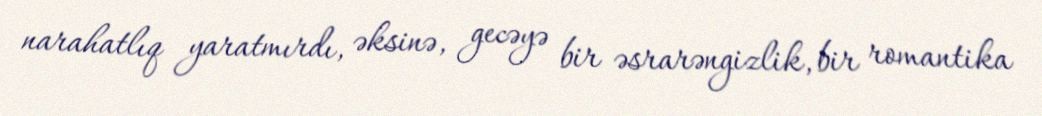
narahatlıq yaratmırdı, əksinə, gecəyə bir əsrarəngizlik, bir romantika